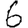
Digit: 6